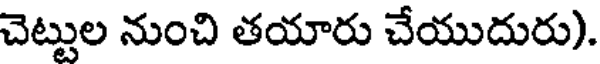
చెట్టుల నుంచి తయారు చేయుదురు).